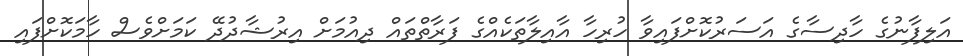
އަލިފާނުގެ ހާދިސާގެ އަސަރުކޮށްފައިވާ ހުރިހާ އާއިލާތަކެއްގެ ފަރާތްތައް ދިއުމަށް އިރުޝާދުދޭ ކަމަށްވެސް ހާމަކޮށްފައި